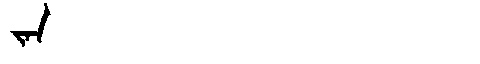
Manchu: ᠵᠠᠨ
Romanization: JAN